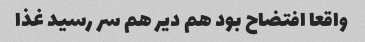
واقعا افتضاح بود هم دیر هم سر رسید غذا